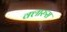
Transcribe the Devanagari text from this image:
क्लारुस